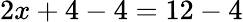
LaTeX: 2x+4-4=12-4